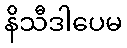
နိသီဒါပေမ